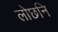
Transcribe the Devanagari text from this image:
लोछनि